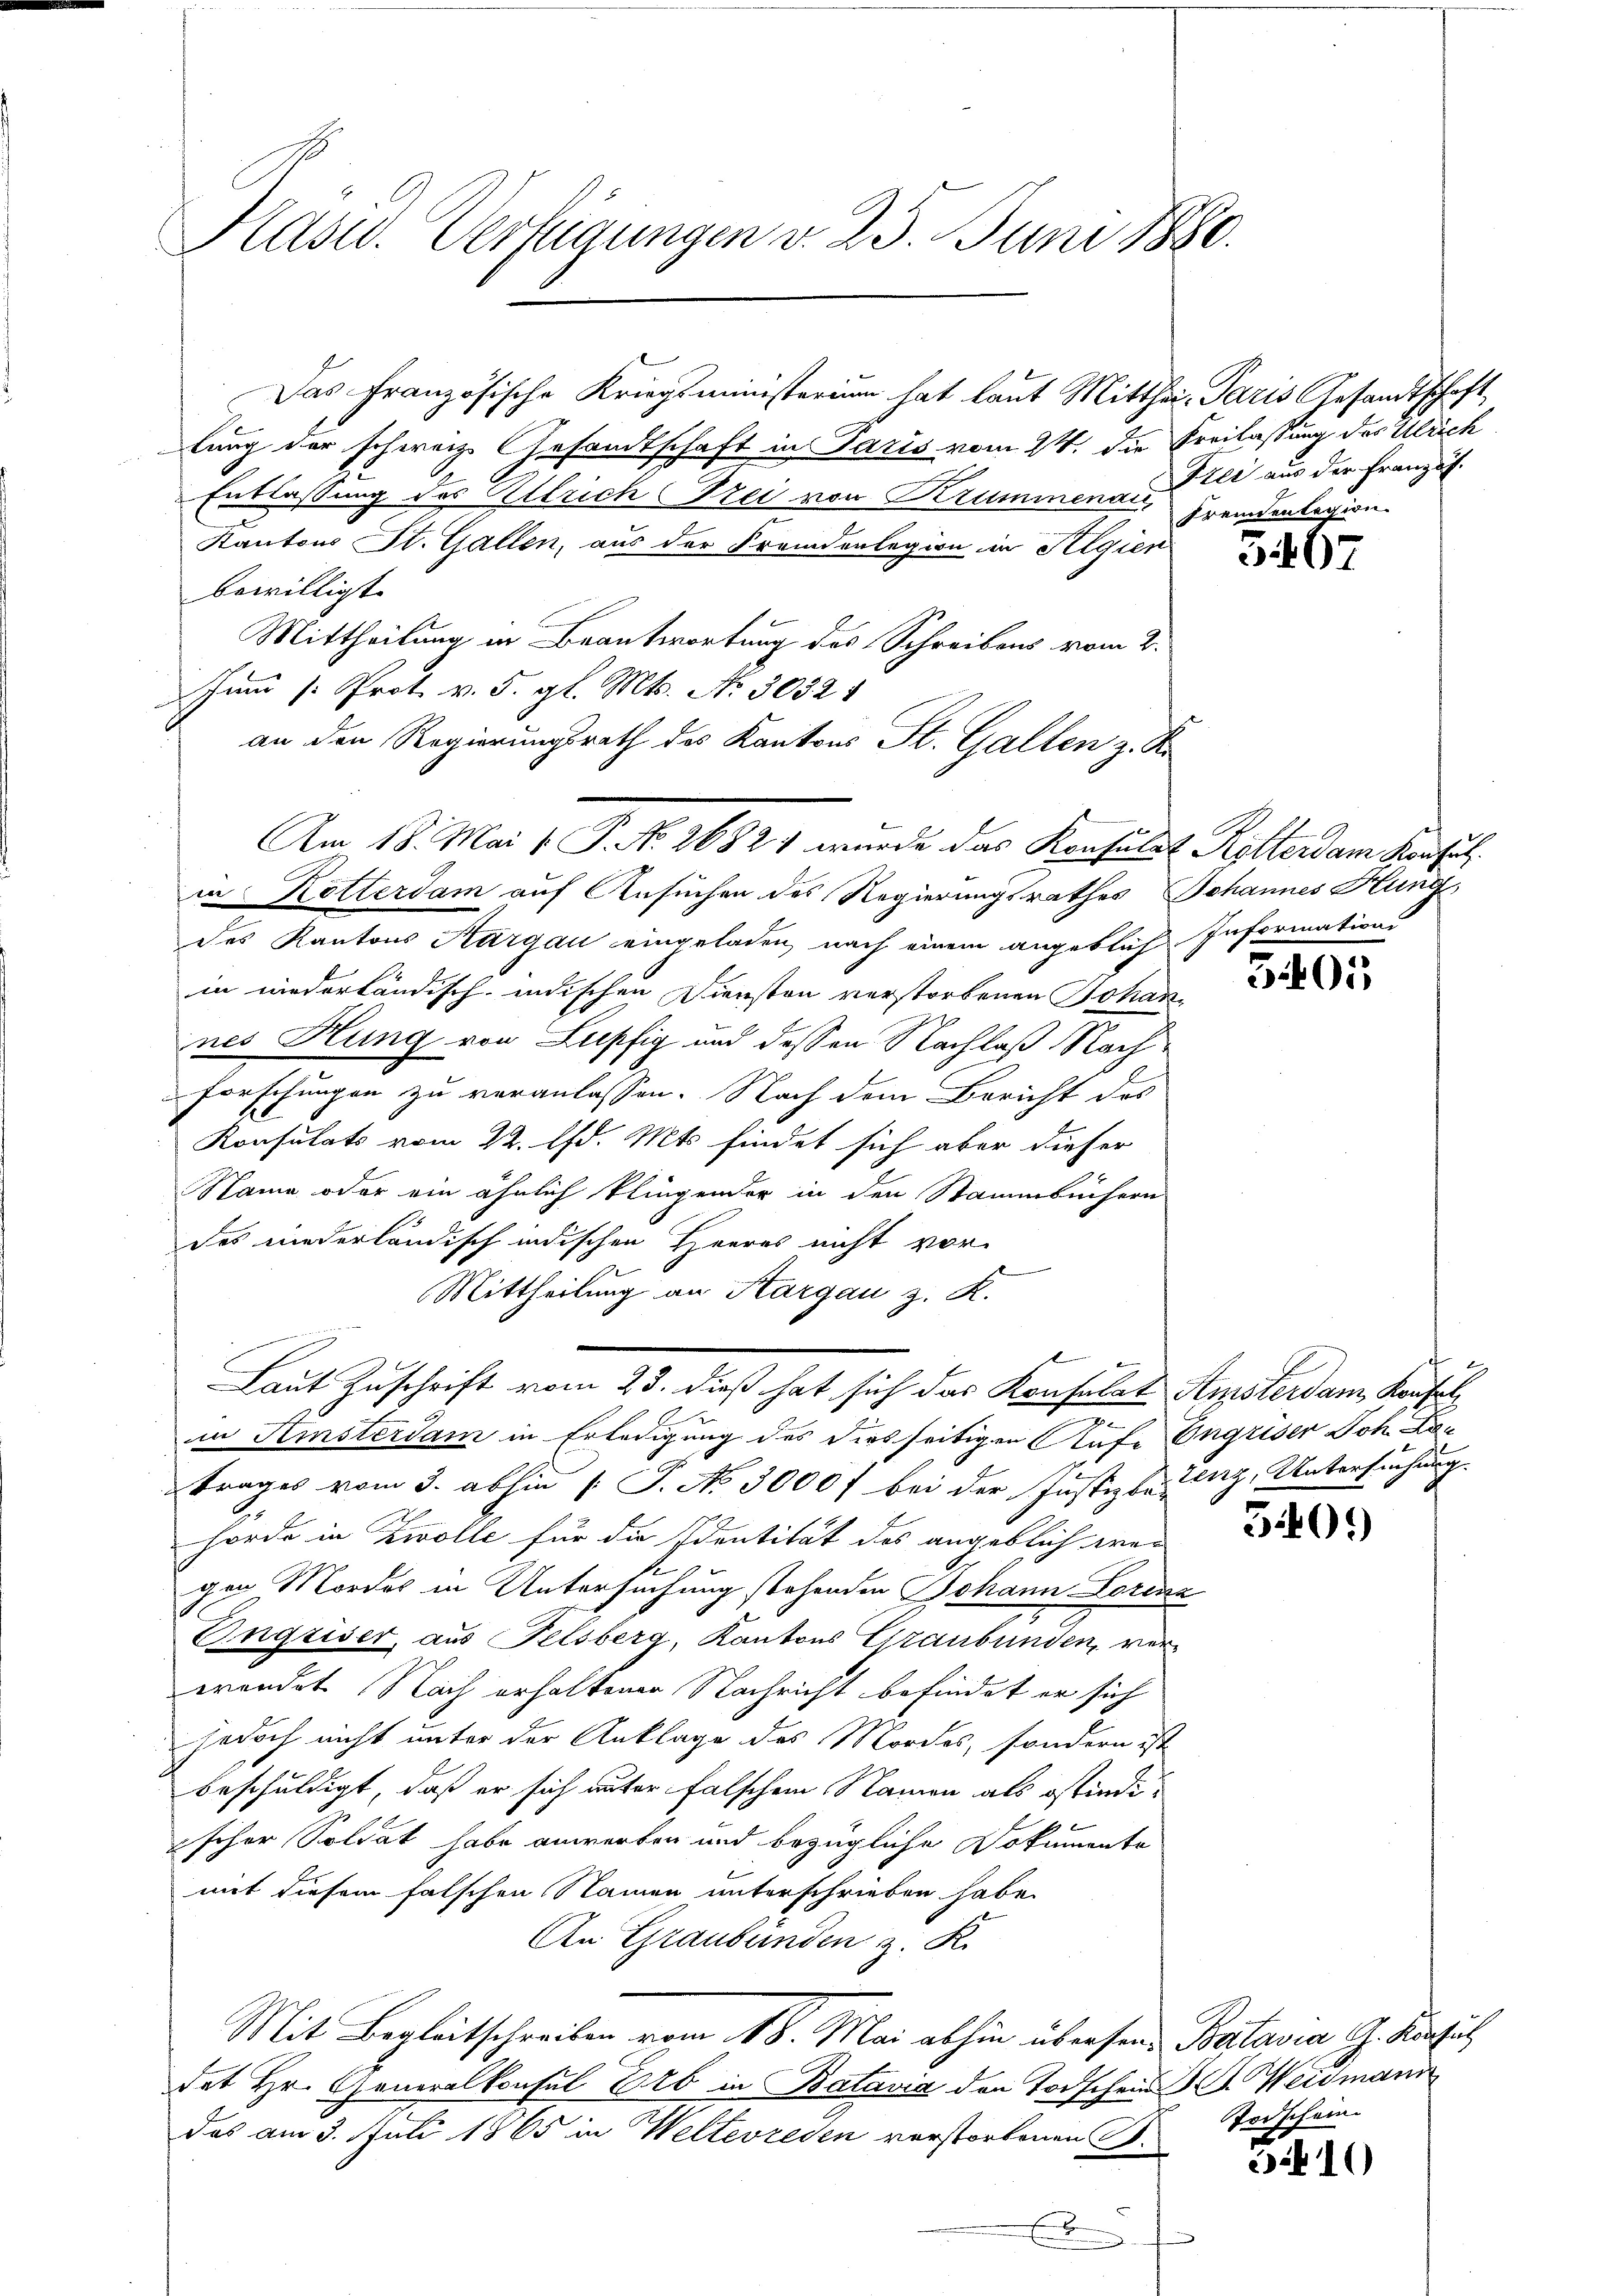
Hasu. Vertigungen v. 23. Juni 1880.

lung der schweiz. Gesandtschaft in Paris vom 24. die Freilassung des Ulrich
Entlassung des Ellrich Frei von Krummenau,
Kantons St. Gallen, aus der Fremdenlegion in Algien
bewilligt.
Mittheilung in Beantwortung des Schreibens vom 2.
um 1. Prot. v. 5. gl. Mts. No. 30321
an den Regierungsrath des Kantons St. Gallen z. R.
Am 18. Mai v. P. F. 16821 wurde das Konsulst Rotterdam Konsul
u Rotterdam auf Ansuchen des Regierungsrathes Johannes Hung
des Kantons Aargau eingeladen, nach einem angeblich Informations
in niederländisch-indischen Diensten verstorbenen Schade
nes Hung von Lupfig und dessen Nachlaß Nach¬
Forschungen zu veranlassen. Nach dem Bericht des
Konsulats vom 22. Ed. Mts findet sich aber dieser
Name oder ein ähnlich klingender in den Stammbüchern
des niederländisch indischen Heeres nicht vor-
Mittheilung an Kargau z. K.
Laut Zuschrift vom 23. dieß hat sich das Konsulat Amsterdam Konfel
a
in Kisterdam in Erledigung des diesseitigen Aufe Engriser Joh. Kan
trages vom 3. abhin 1 S. No 3000 f bei der Justizbezug, Untersuchung
hörde in Zwolle für die Identität des angeblich war
gen Mordes in Untersuchung stehenden Johann Lorena
Engriser, aus Felsberg, Kantons Graubünden, verwendet. Nach erhaltener Nachricht befindet er sich
jedoch nicht unter der Anklage des Mordes, sondern ist
beschuldigt, daß er sich unter falschen Namen als ostindiischer Soldat habe anworten und bezügliche Dokumente
mit diesem falschen Namen unterschrieben habe.
An Graubünden z. K.
Mit Begleitschreiben vom 18. Mai abhin übersende Batavia, J. Konsul
det Hr. Generalkonsul Ob in Batavia den Todschen St. Weidmann
das am 3. Juli 1865 in Welterreden verstorbenen B.
E

Das Französische Kriegsministerium hat laut Mitthei- Paris Gesandtschaft,

Iter aus der Französ.
fremdenlegion.

5407

3405

50.

Vorschein

5410